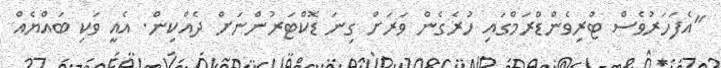
"އެފަހަރުވެސް ޓްރިވެންޑްރަމްގައި ހުރެގެން ވަރަށް ގިނަ ޑޮކްޓަރުންނަށް ދެއްކިން. އެއީ ވަކި ބައްޔެއް